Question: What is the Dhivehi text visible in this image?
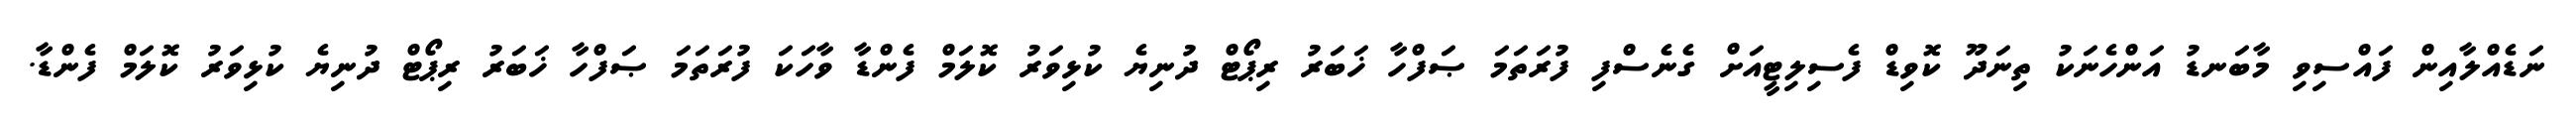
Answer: ނަޑެއްލާއިން ފައްސިވި މާބަނޑު އަންހެނަކު ތިނަދޫ ކޮވިޑް ފެސިލިޓީއަށް ގެނެސްފި ފުރަތަމަ ޞަފްހާ ޚަބަރު ރިޕޯޓް ދުނިޔެ ކުޅިވަރު ކޮލަމް ފެންޑާ ވާހަކަ ފުރަތަމަ ޞަފްހާ ޚަބަރު ރިޕޯޓް ދުނިޔެ ކުޅިވަރު ކޮލަމް ފެންޑާ.